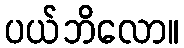
ပယ်ဘိလော။